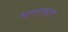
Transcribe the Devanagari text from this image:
भारतभम्रण